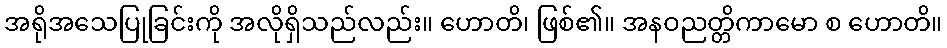
အရိုအသေပြုခြင်းကို အလိုရှိသည်လည်း။ ဟောတိ၊ ဖြစ်၏။ အနဝညတ္တိကာမော စ ဟောတိ။